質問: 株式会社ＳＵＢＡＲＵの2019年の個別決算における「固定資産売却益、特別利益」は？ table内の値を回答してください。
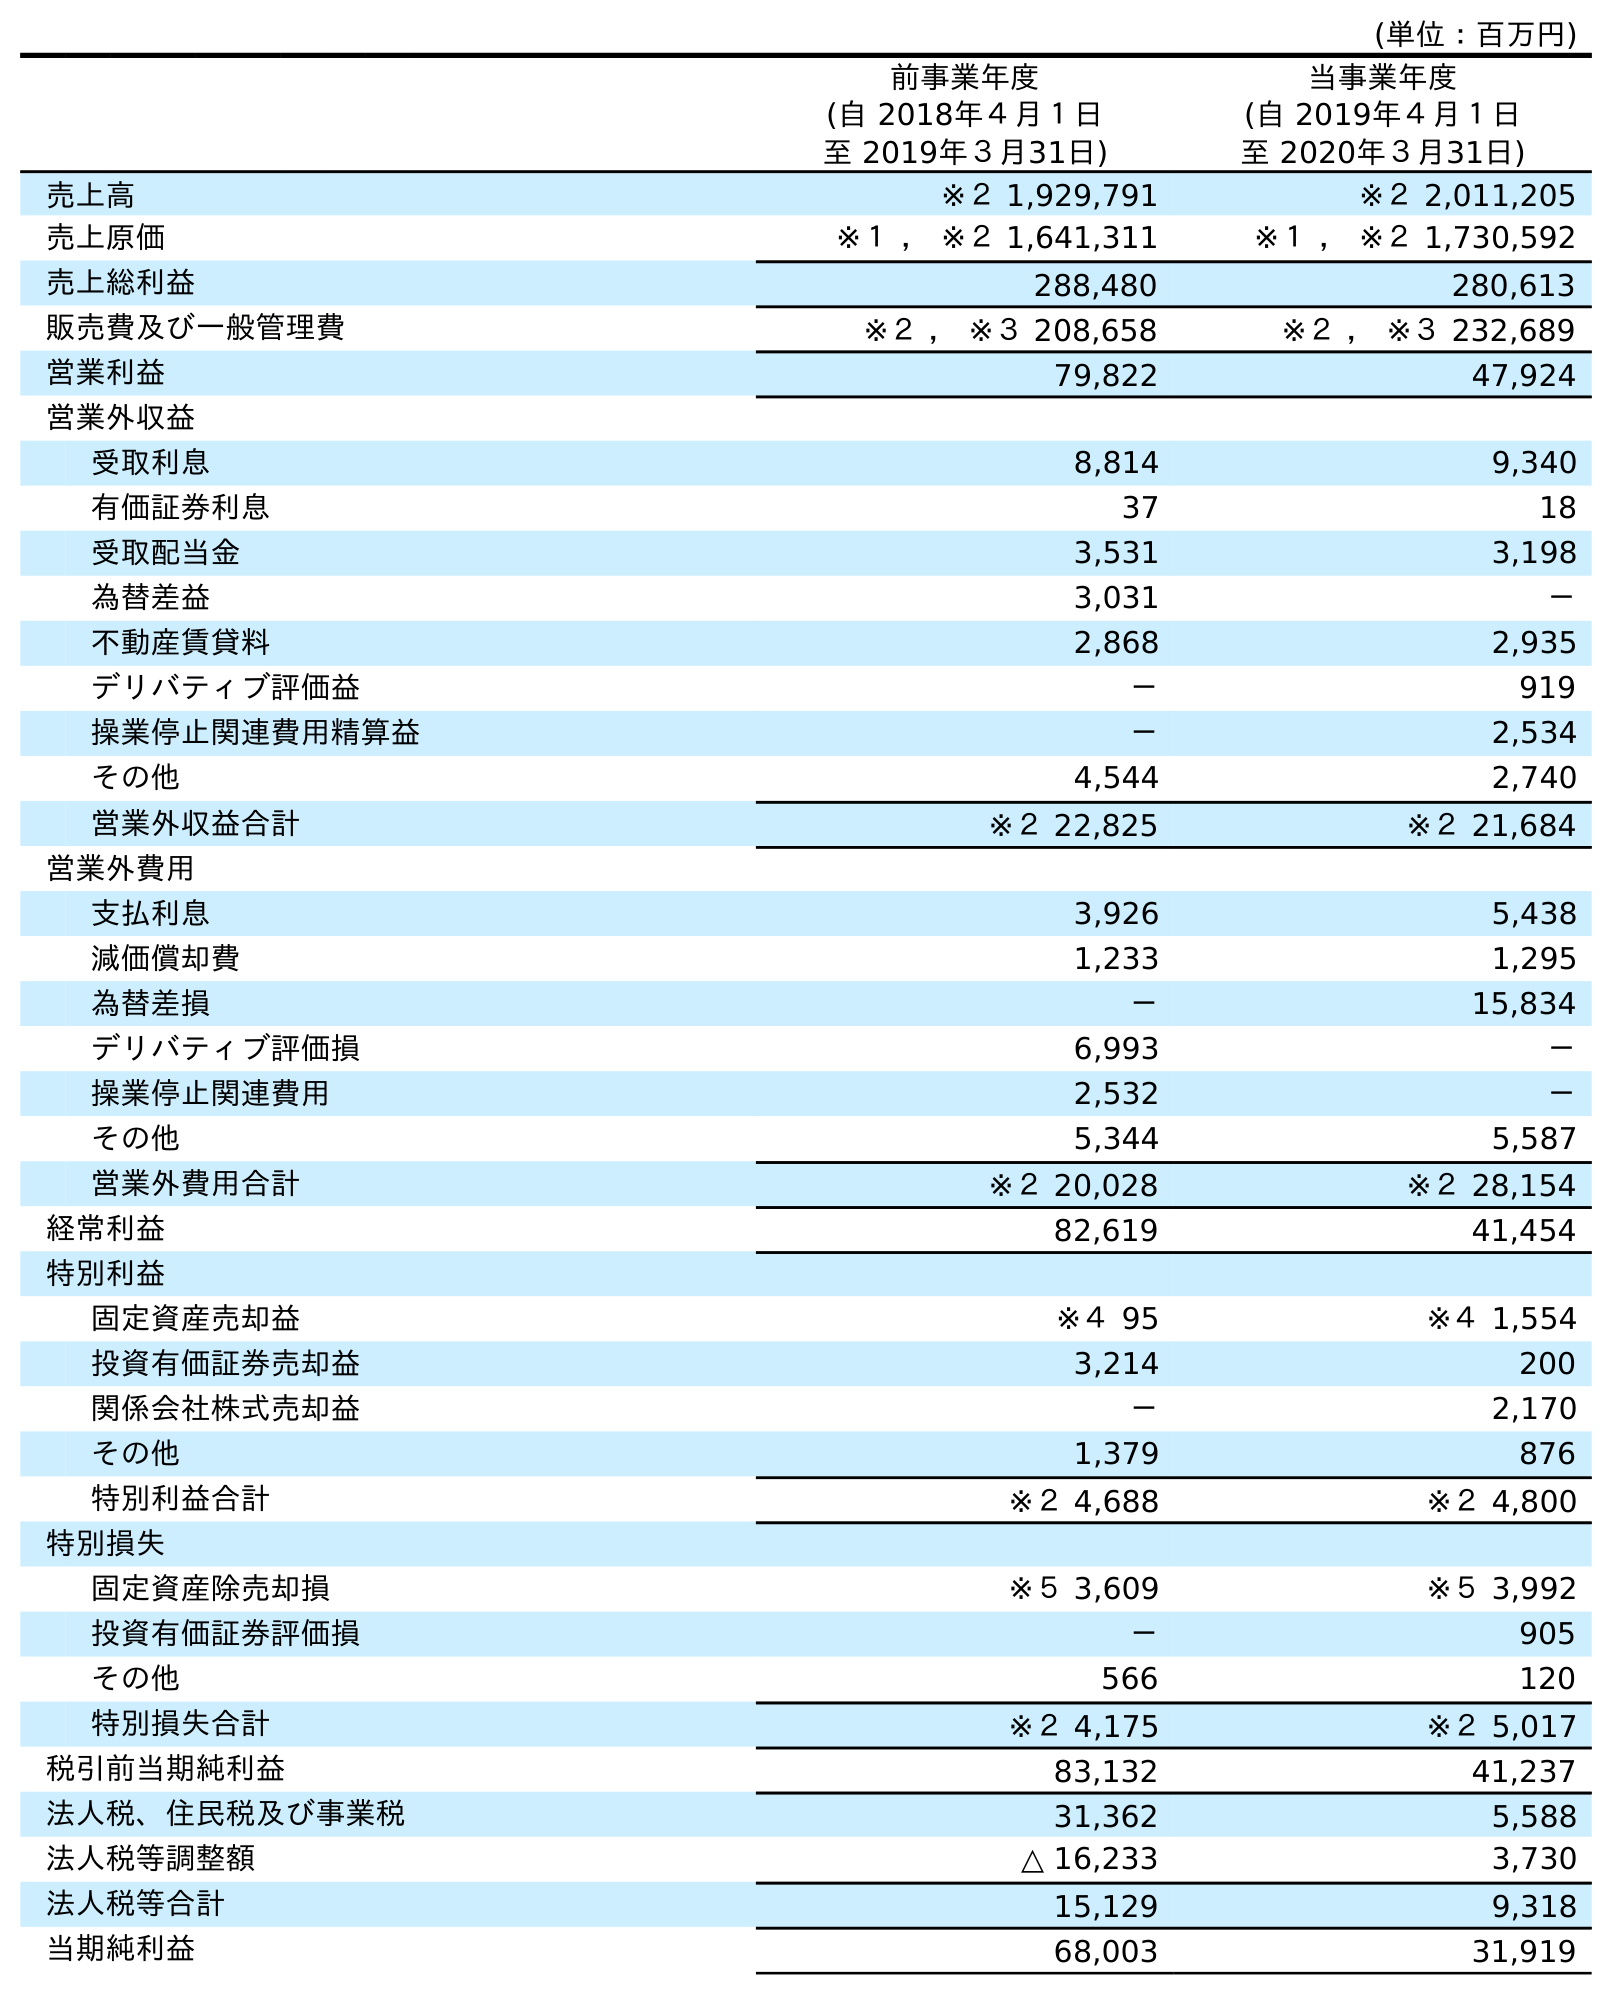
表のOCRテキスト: (単位：百万円) 前事業年度 (自 2018年４月１日 至 2019年３月31日) 当事業年度 (自 2019年４月１日 至 2020年３月31日) 売上高 ※２ 1,929,791 ※２ 2,011,205 売上原価 ※１ ， ※２ 1,641,311 ※１ ， ※２ 1,730,592 売上総利益 288,480 280,613 販売費及び一般管理費 ※２ ， ※３ 208,658 ※２ ， ※３ 232,689 営業利益 79,822 47,924 営業外収益 受取利息 8,814 9,340 有価証券利息 37 18 受取配当金 3,531 3,198 為替差益 3,031 － 不動産賃貸料 2,868 2,935 デリバティブ評価益 － 919 操業停止関連費用精算益 － 2,534 その他 4,544 2,740 営業外収益合計 ※２ 22,825 ※２ 21,684 営業外費用 支払利息 3,926 5,438 減価償却費 1,233 1,295 為替差損 － 15,834 デリバティブ評価損 6,993 － 操業停止関連費用 2,532 － その他 5,344 5,587 営業外費用合計 ※２ 20,028 ※２ 28,154 経常利益 82,619 41,454 特別利益 固定資産売却益 ※４ 95 ※４ 1,554 投資有価証券売却益 3,214 200 関係会社株式売却益 － 2,170 その他 1,379 876 特別利益合計 ※２ 4,688 ※２ 4,800 特別損失 固定資産除売却損 ※５ 3,609 ※５ 3,992 投資有価証券評価損 － 905 その他 566 120 特別損失合計 ※２ 4,175 ※２ 5,017 税引前当期純利益 83,132 41,237 法人税、住民税及び事業税 31,362 5,588 法人税等調整額 △ 16,233 3,730 法人税等合計 15,129 9,318 当期純利益 68,003 31,919
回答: ※４95